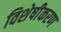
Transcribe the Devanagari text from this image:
विशेषीेकरण